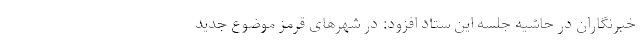
خبرنگاران در حاشیه جلسه این ستاد افزود:‌ در شهرهای قرمز موضوع جدید